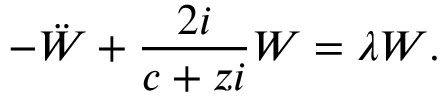
- \ddot { W } + \frac { 2 i } { c + z i } W = \lambda W .